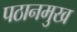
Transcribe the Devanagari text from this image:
पठानमुख